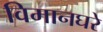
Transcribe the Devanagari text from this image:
विमानघरे